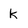
Character: k